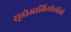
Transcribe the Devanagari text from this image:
सूडोआर्कियोलॉजी